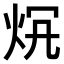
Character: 𤇛